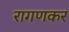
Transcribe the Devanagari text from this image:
रागणकर